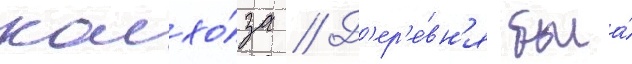
колхо́за // Д'ер'е́вн'я была́